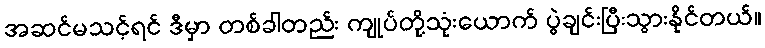
အဆင်မသင့်ရင် ဒီမှာ တစ်ခါတည်း ကျုပ်တို့သုံးယောက် ပွဲချင်းပြီးသွားနိုင်တယ်။